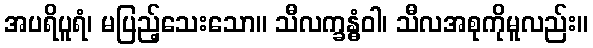
အပရိပူရံ၊ မပြည့်သေးသော။ သီလက္ခန္ဓံဝါ၊ သီလအစုကိုမူလည်း။